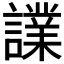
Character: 𧬬